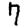
Digit: 7